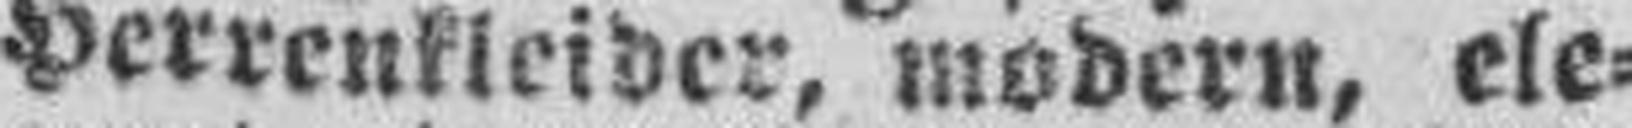
Herrenkleider, modern, ele¬